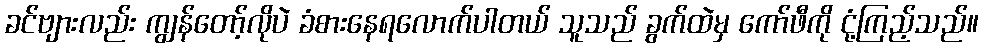
ခင်ဗျားလည်း ကျွန်တော့်လိုပဲ ခံစားနေရလောက်ပါတယ် သူသည် ခွက်ထဲမှ ကော်ဖီကို ငုံ့ကြည့်သည်။